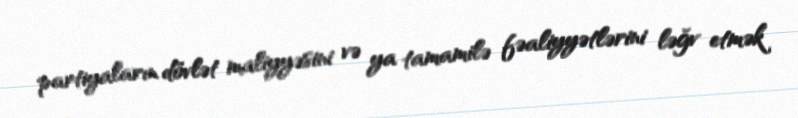
partiyaların dövlət maliyyəsini və ya tamamilə fəaliyyətlərini ləğv etmək